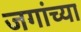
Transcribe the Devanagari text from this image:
जगांच्या